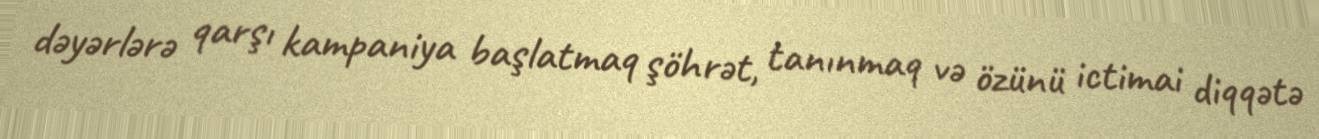
dəyərlərə qarşı kampaniya başlatmaq şöhrət, tanınmaq və özünü ictimai diqqətə